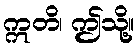
ဣတိ၊ ဤသို့။